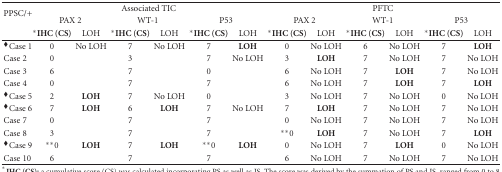
| <ROWSPAN=2> PPSC/+ | <COLSPAN=6> Associated TIC | <COLSPAN=6> PFTC |
 | <COLSPAN=2> PAX 2 | <COLSPAN=2> WT-1 | <COLSPAN=2> P53 | <COLSPAN=2> PAX 2 | <COLSPAN=2> WT-1 | <COLSPAN=2> P53 |
 |  | *IHC (CS) | LOH | *IHC (CS) | LOH | *IHC (CS) | LOH | *IHC (CS) | LOH | *IHC (CS) | LOH | *IHC (CS) | LOH |
 | --- | --- | --- | --- | --- | --- | --- | --- | --- | --- | --- | --- | --- |
 | ♦Case 1 | 0 | No LOH | 7 | No LOH | 7 | LOH | 0 | No LOH | 6 | No LOH | 7 | LOH |
 | Case 2 | 0 |  | 3 |  | 7 | No LOH | 3 | LOH | 7 | No LOH | 7 | No LOH |
 | Case 3 | 6 |  | 7 |  | 0 |  | 6 | No LOH | 7 | LOH | 7 | No LOH |
 | Case 4 | 0 |  | 7 |  | 7 |  | 6 | No LOH | 7 | LOH | 7 | LOH |
 | ♦Case 5 | 2 | LOH | 7 | No LOH | 0 |  | 3 | No LOH | 7 | No LOH | 0 | No LOH |
 | ♦Case 6 | 7 | LOH | 6 | LOH | 7 | No LOH | 7 | LOH | 7 | No LOH | 7 | No LOH |
 | Case 7 | 0 |  | 7 |  | 7 |  | 0 | No LOH | 7 | No LOH | 7 | No LOH |
 | Case 8 | 3 |  | 7 |  | 7 |  | **0 | LOH | 7 | No LOH | 7 | LOH |
 | ♦Case 9 | **0 | LOH | 7 | LOH | **0 | LOH | 0 | No LOH | 7 | LOH | 0 | No LOH |
 | Case 10 | 6 |  | 7 |  | 7 |  | 6 | No LOH | 7 | No LOH | 7 | No LOH |